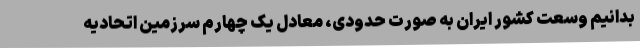
بدانیم وسعت کشور ایران به صورت حدودی، معادل یک چهارم سرزمین اتحادیه